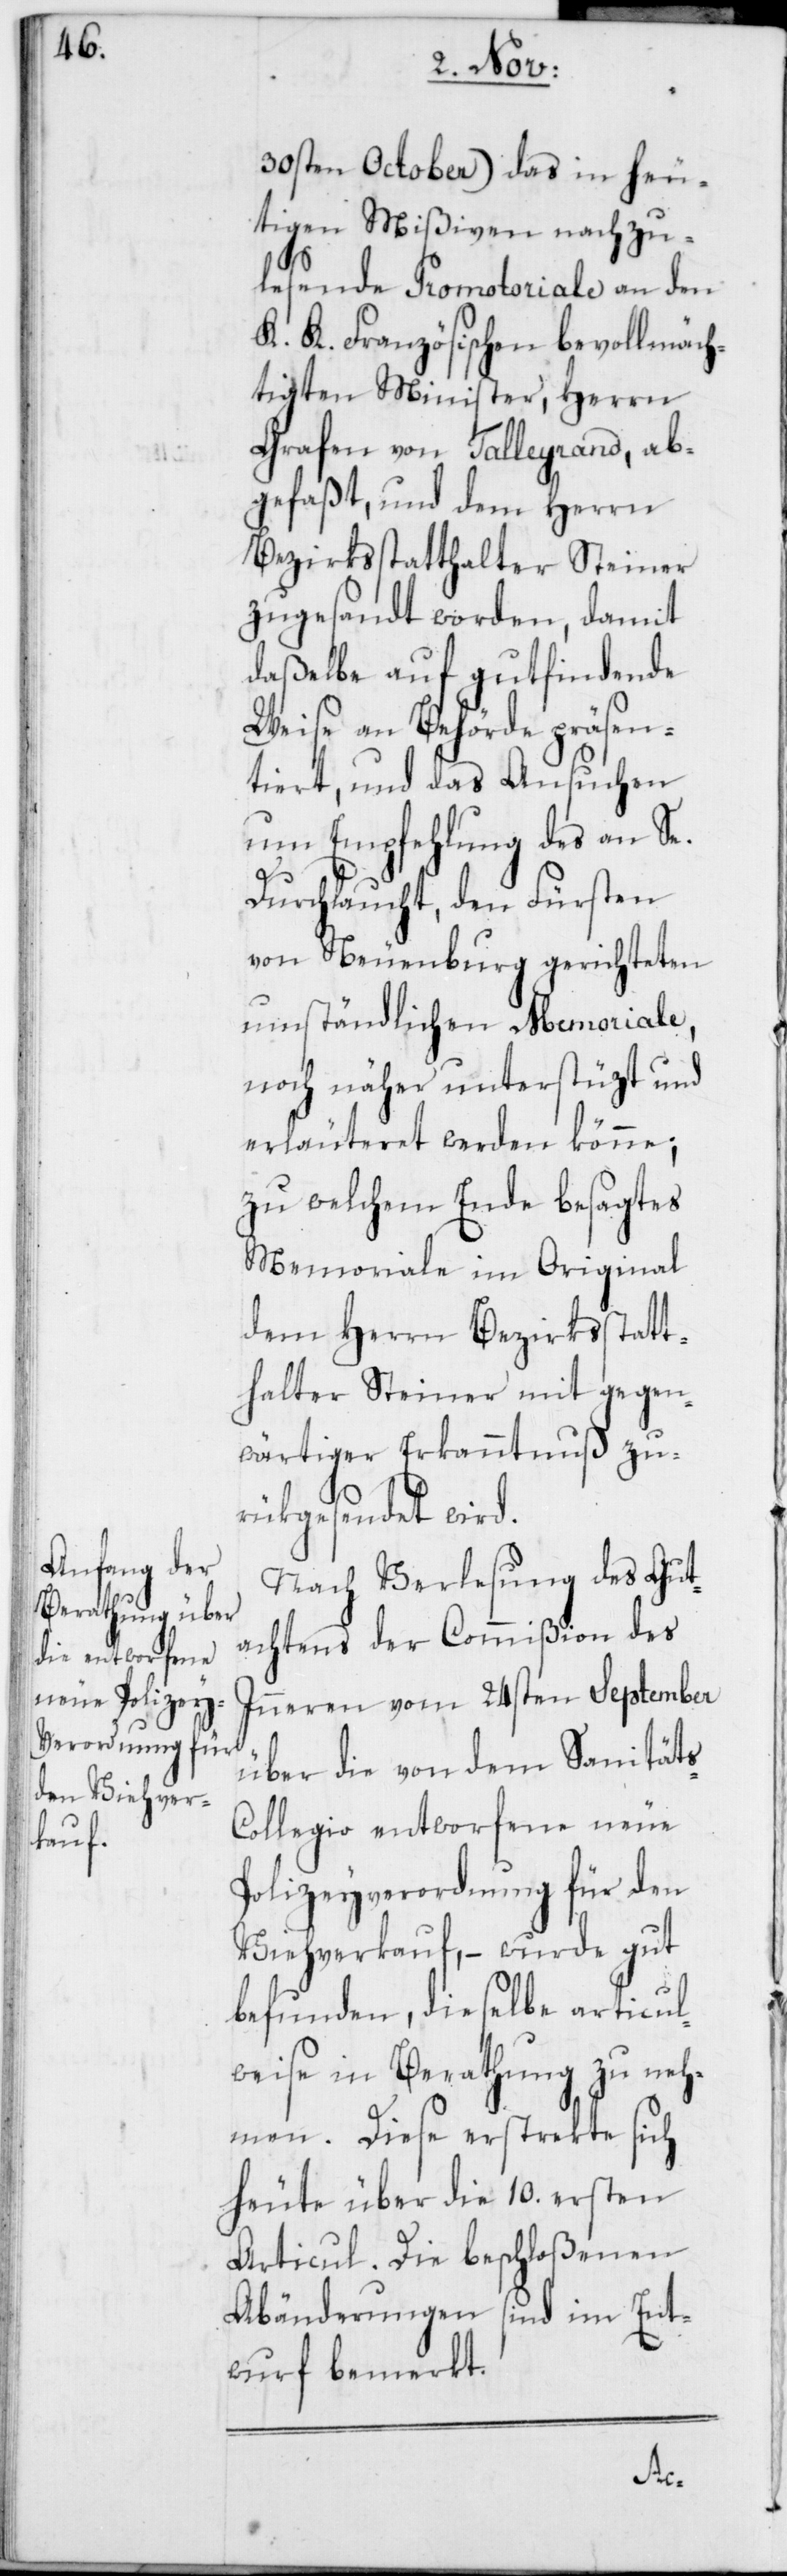
30sten October) das in heu¬
tigen Mißiven nachzu¬
lesende Promotoriale an den
K. K. Französischen bevollmäch¬
tigten Minister, Herrn
Grafen von Talleyrand, ab¬
gefaßt, und dem Herrn
Bezirksstatthalter Steiner
zugesandt worden, damit
daßelbe auf gutfindende
Weise an Behörde präsen¬
tiert, und das Ansuchen
um Empfehlung des an Se.
Durchlaucht, den Fürsten
von Neuenburg gerichteten
umständlichen Memoriale,
noch näher unterstüzt und
erläuteret werden könne;
zu welchem Ende besagtes
Memoriale im Original
dem Herrn Bezirksstatt¬
halter Steiner mit gegen¬
wärtiger Erkanntnuß zu¬
rükgesendet wird.
Nach Verlesung des Gut¬
achtens der Commißion des
Inneren vom 24sten September
über die von dem Sanität¬
ollegio entworfene neue
Polizeyverordnung für den
Viehverkauf, – wurde gut
befunden, dieselbe articul¬
weise in Berathung zu neh¬
men. Diese erstrekte sich
heute über die 10. ersten
Articul. Die beschloßenen
Abänderungen sind im Ent¬
wurf bemerkt.
s-C¬